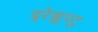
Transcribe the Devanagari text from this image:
इरेझुपटु